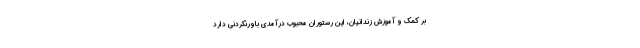
بر کمک و آموزش زندانیان، این رستوران محبوب درآمدی باورنکردنی دارد